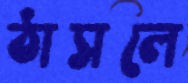
ঠাসলে